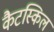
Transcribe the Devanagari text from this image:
कैटस्किल